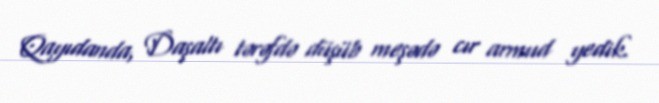
Qayıdanda, Daşaltı tərəfdə düşüb meşədə cır armud yedik.